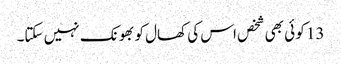
13 کو ئی بھی شخص اس کی کھال کو بھونک نہیں سکتا۔